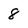
Character: 8